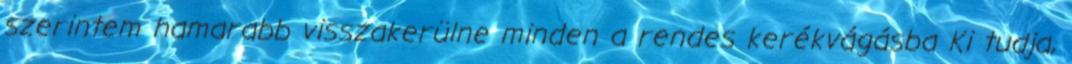
szerintem hamarabb visszakerülne minden a rendes kerékvágásba Ki tudja,